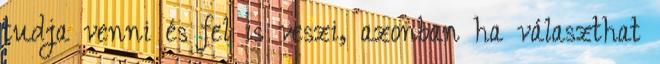
tudja venni és fel is veszi, azonban ha választhat